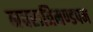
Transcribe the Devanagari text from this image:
नवरात्रिमण्डपम